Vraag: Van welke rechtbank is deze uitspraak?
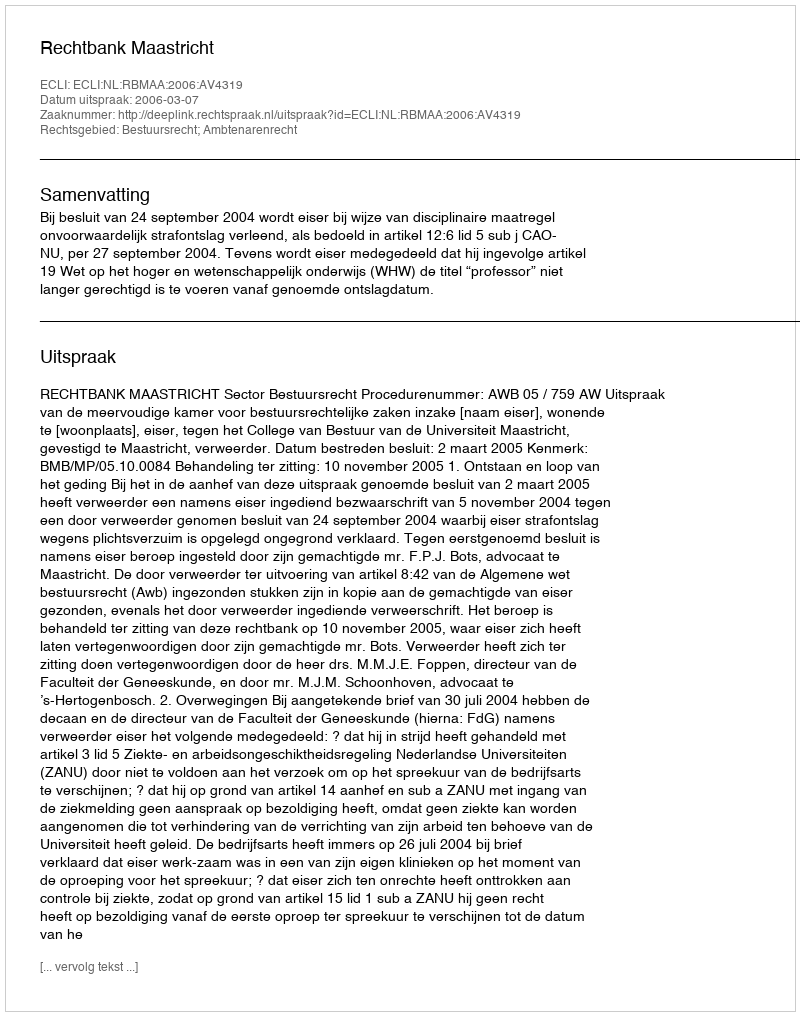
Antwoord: Rechtbank Maastricht